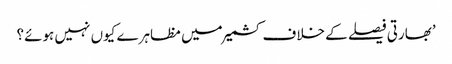
’بھارتی فیصلے کے خلاف کشمیر میں مظاہرے کیوں نہیں ہوئے؟